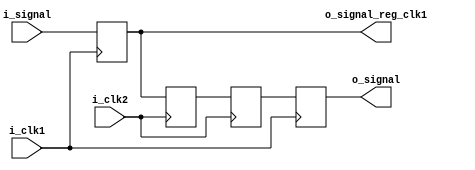
module CDC_path
(
	input		wire		i_signal,
	input		wire		i_clk1,
	input		wire		i_clk2,
	output	wire		o_signal_reg_clk1,
	output	wire		o_signal
);

	reg r_tmp0, r_tmp1, r_tmp2, r_tmp3;

	always @(posedge i_clk1)
	begin
		r_tmp0 <= i_signal;
	end

	always @(posedge i_clk2)
	begin
		r_tmp1 <= r_tmp0;
		r_tmp2 <= r_tmp1;
	end

	always @(posedge i_clk1)
	begin
		r_tmp3 <= r_tmp2;
	end

	assign o_signal_reg_clk1 = r_tmp0;
	assign o_signal = r_tmp3;

endmodule